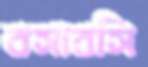
বসাবসি